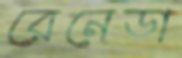
রেনেডা